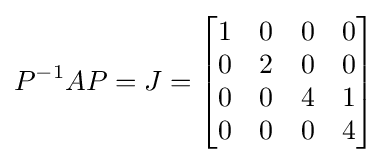
P^{-1}AP=J={\begin{bmatrix}1&0&0&0\\0&2&0&0\\0&0&4&1\\0&0&0&4\end{bmatrix}}